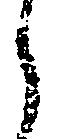
之